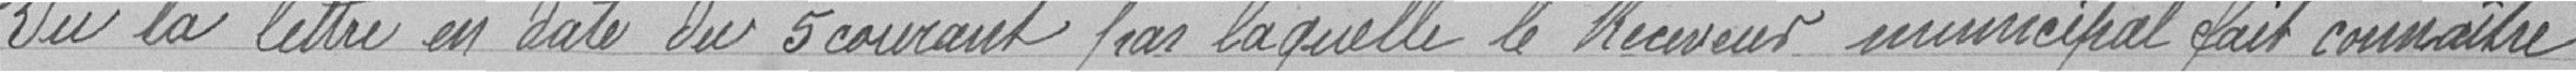
Vu la lettre en date du 5 courant par laquelle le Receveur municipal fait connaître